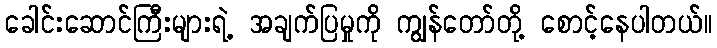
ခေါင်းဆောင်ကြီးများရဲ့ အချက်ပြမှုကို ကျွန်တော်တို့ စောင့်နေပါတယ်။